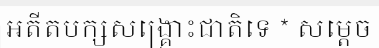
អតីតបក្សសង្គ្រោះជាតិទេ * សម្តេច